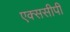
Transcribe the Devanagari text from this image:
एक्ससीपी